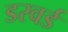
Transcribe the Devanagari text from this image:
डरवर्ड